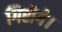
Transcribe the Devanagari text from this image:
गिरोगे।